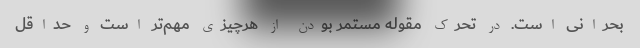
بحرانی است. در تحرک مقوله مستمر بودن از هرچیزی مهم‌تر است و حداقل